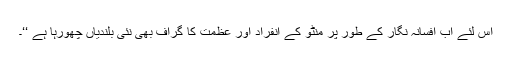
اس لئے اب افسانہ نگار کے طور پر منٹو کے انفراد اور عظمت کا گراف بھی نئی بلندیاں چھورہا ہے ‘‘۔